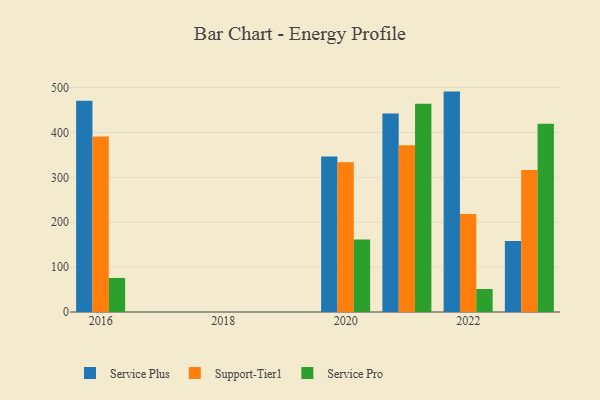
{"axis": {"x": "Year", "y": "Gross Profit (USD K)"}, "legend": ["Service Plus", "Service Pro", "Support-Tier1"], "data": [{"x": "2016", "y": 470.7, "type": "Service Plus"}, {"x": "2016", "y": 390.9, "type": "Support-Tier1"}, {"x": "2016", "y": 75.9, "type": "Service Pro"}, {"x": "2022", "y": 491.0, "type": "Service Plus"}, {"x": "2022", "y": 218.3, "type": "Support-Tier1"}, {"x": "2022", "y": 51.2, "type": "Service Pro"}, {"x": "2023", "y": 158.4, "type": "Service Plus"}, {"x": "2023", "y": 316.2, "type": "Support-Tier1"}, {"x": "2023", "y": 419.5, "type": "Service Pro"}, {"x": "2021", "y": 442.4, "type": "Service Plus"}, {"x": "2021", "y": 371.7, "type": "Support-Tier1"}, {"x": "2021", "y": 464.1, "type": "Service Pro"}, {"x": "2020", "y": 346.5, "type": "Service Plus"}, {"x": "2020", "y": 333.4, "type": "Support-Tier1"}, {"x": "2020", "y": 161.4, "type": "Service Pro"}]}